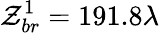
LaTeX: \mathcal{Z}_{br}^{1}=191.8\lambda